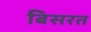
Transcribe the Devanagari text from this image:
बिसरत